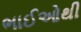
ભાઈઓથી